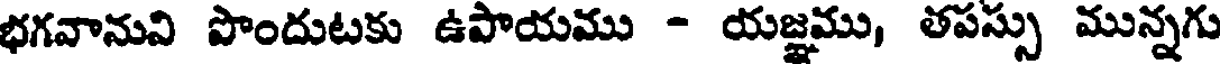
భగవానుని పొందుటకు ఉపాయము - యజ్ఞము, తపస్సు మున్నగు